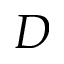
D